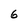
Character: 6